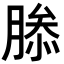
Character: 𮌤